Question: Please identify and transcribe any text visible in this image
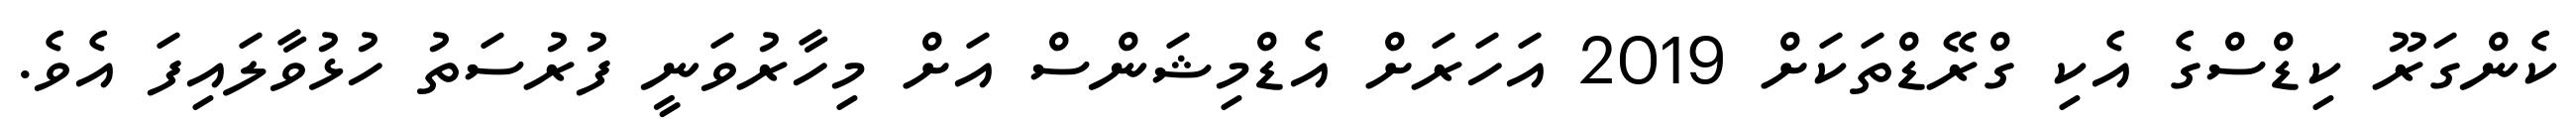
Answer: ކެންގަރޫ ކިޑްސްގެ އެކި ގްރޭޑްތަކަށް 2019 އަހަރަށް އެޑްމިޝަންސް އަށް މިހާރުވަނީ ފުރުސަތު ހުޅުވާލައިފަ އެވެ.